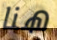
هنا